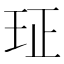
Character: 𰡴